Liigvalla_vallavalitsus, lk 172
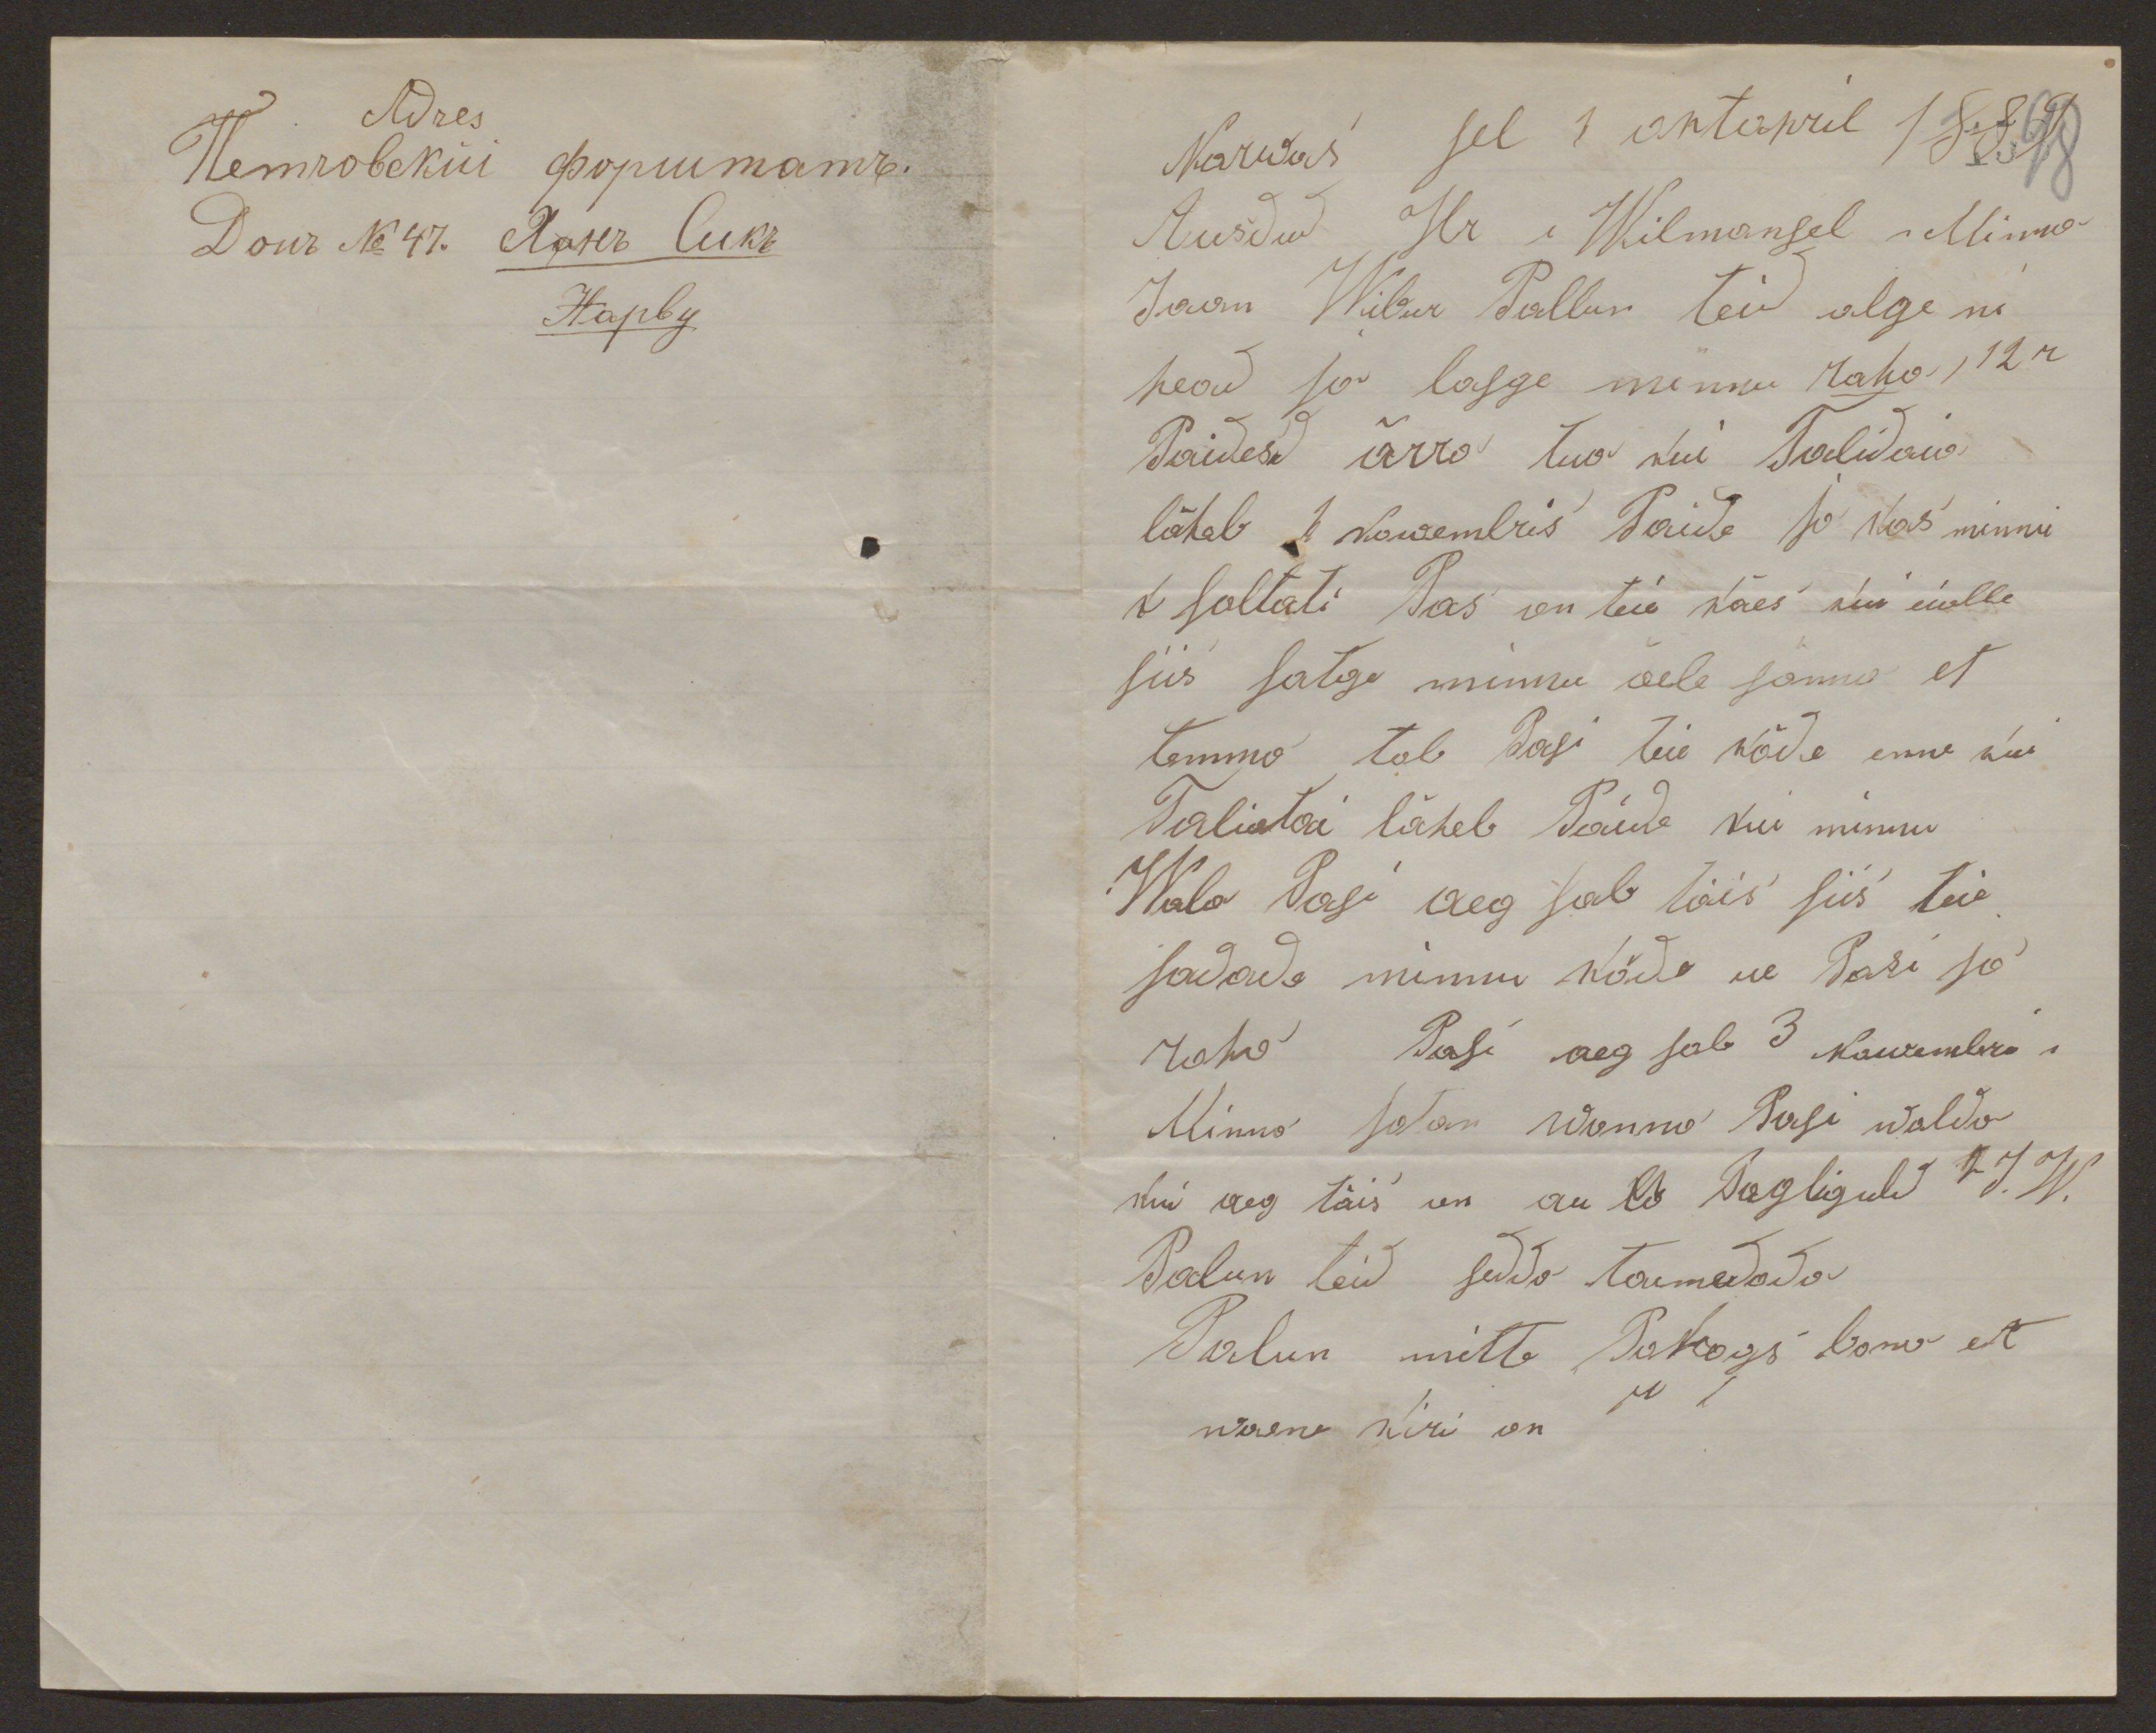
Narwas sel 1 oktopril 1889
Ausdud Hr ,Wilmansel, Minna
Jaan Wibur Pallun teid olge ni
head ja lasge minnu raha, 12 r
Paidesd ärra tua kui Talidaia
läheb 1 Nowembris Paide ja kas minnu
t soltati Pas on teie käes kui mitte
siis satge minnu õele sõnna et
temma tob Pasi teie käde enne kui
Talidai läheb Paide kui minnu
Wala Pasi aeg sab täis siis teie
sadade minnu käde ue Pasi ja
raha Pasi aeg sab 3 Nowembri´s
Minna satan Wanna Pasi walda
kui aeg täis on au lõ Pagliguld 7 J. W.
Palun teid sedda toimedada
Palun mitte Pahogs bana et
waene kiri on